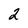
Character: 2